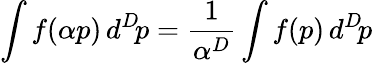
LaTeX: \int f(\alpha p)\, d^{D}\! p={\frac{1}{\alpha^{D}}}\int f(p)\, d^{D}\! p